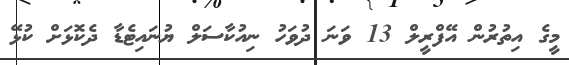
މީގެ އިތުރުން އޭފްރީލް 13 ވަނަ ދުވަހު ނިއުކާސަލް ޔުނައިޓެޑާ ދެކޮޅަށް ކުޅޭ